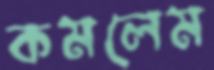
কমলেম